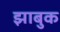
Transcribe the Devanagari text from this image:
झाबुक